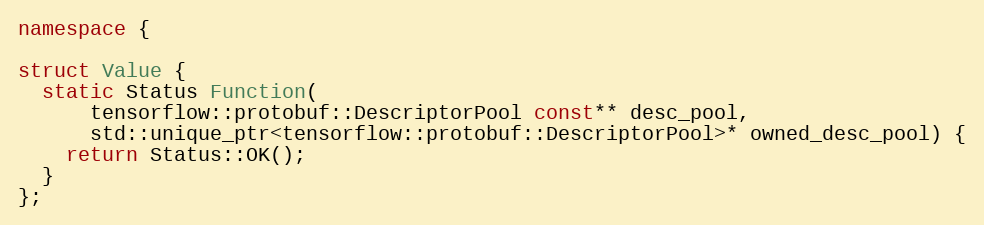
Language: C++
namespace {

struct Value {
  static Status Function(
      tensorflow::protobuf::DescriptorPool const** desc_pool,
      std::unique_ptr<tensorflow::protobuf::DescriptorPool>* owned_desc_pool) {
    return Status::OK();
  }
};